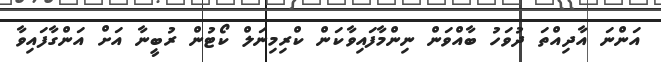
އަންނަ އާދިއްތަ ދުވަހު ބާއްވަން ނިންމާފައިވާކަން ކްރިމިނަލް ކޯޓުން ރުބީނާ އަށް އަންގާފައިވާ